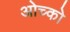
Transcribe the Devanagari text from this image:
ओच्को